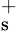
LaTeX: _\mathrm{s}^{+}